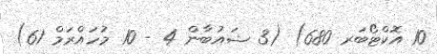
10 އޮކްޓޯބަރ 680) (3 ޝައުބާން 4 - 10 މުހައްރަމް 61)